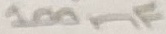
Text: 100nF